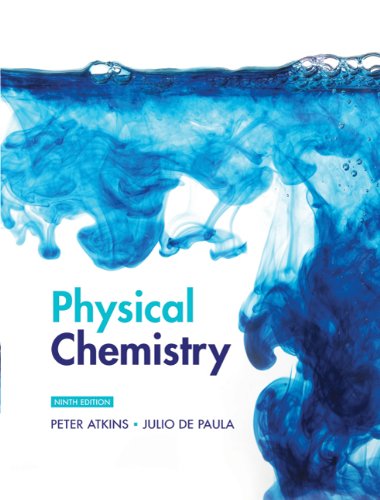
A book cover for Physical Chemistry, 9th Edition; Peter Atkins; Science & Math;